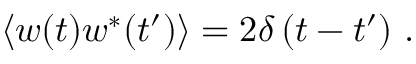
\left\langle w ( t ) w ^ { * } ( t ^ { \prime } ) \right\rangle = 2 \delta \left( t - t ^ { \prime } \right) \, .